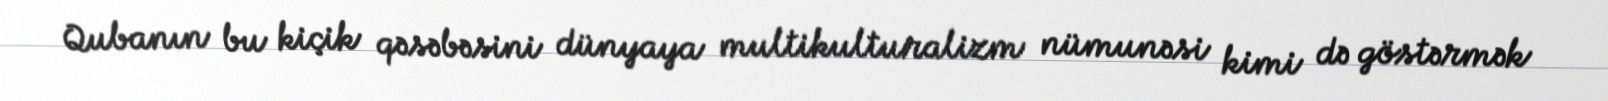
Qubanın bu kiçik qəsəbəsini dünyaya multikulturalizm nümunəsi kimi də göstərmək